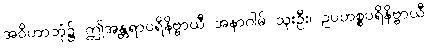
အဝိဟာဘုံ၌ ဤအန္တရာပရိနိဗ္ဗာယီ အနာဂါမ် သုးဦး၊ ဥပဟစ္စပရိနိဗ္ဗာယီ